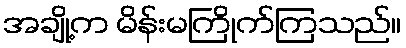
အချို့က မိန်းမကြိုက်ကြသည်။